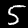
Digit: 5